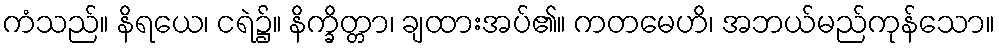
ကံသည်။ နိရယေ၊ ငရဲ၌။ နိက္ခိတ္တာ၊ ချထားအပ်၏။ ကတမေဟိ၊ အဘယ်မည်ကုန်သော။